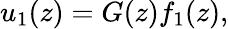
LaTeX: \begin{array}{r}{u_{1}(z)=G(z)f_{1}(z),}\end{array}